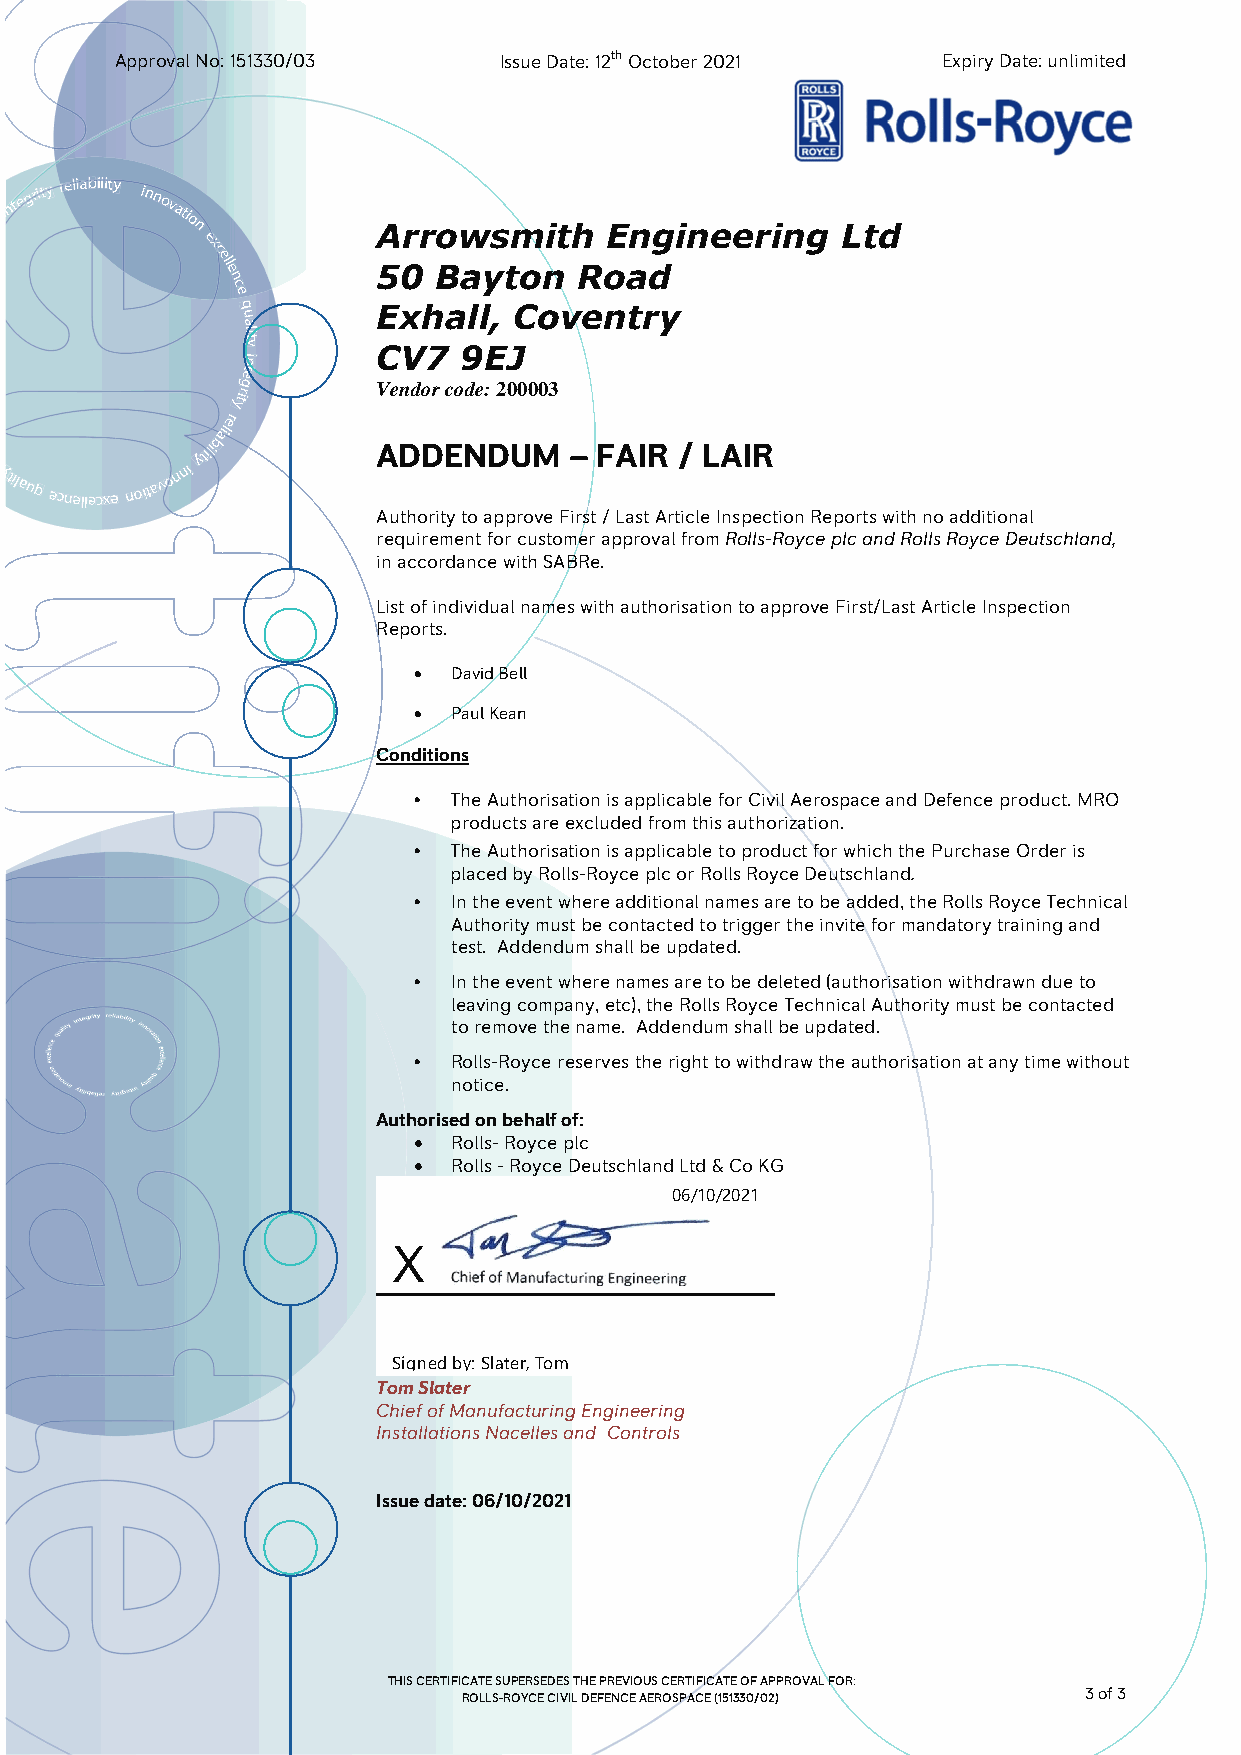
ApprovalNo:151330/03     IssueDate:12thOctober2021    ExpiryDate:unlimited
 inte
 grity reliability innovatio
 n           Arrowsmith     Engineering     Ltd
 exc
 ell
 e         50  Bayton   Road
 n
 c
 e
 q        Exhall,  Coventry
 u
 a
 l ni
 i
 ty
 CV7  9EJ
 et
 ytirg     Vendorcode:200003
 er
 bail
 ytilauq
 ecnellecxe
 noita v o
 nni
 ytili       ADDENDUM     – FAIR / LAIR
 AuthoritytoapproveFirst/LastArticleInspectionReportswithnoadditional
 requirementforcustomerapprovalfromRolls-RoyceplcandRollsRoyceDeutschland,
 inaccordancewithSABRe.
 ListofindividualnameswithauthorisationtoapproveFirst/LastArticleInspection
 Reports.
   DavidBell
   PaulKean
 Conditions
 •  TheAuthorisationisapplicableforCivilAerospaceandDefenceproduct.MRO
 productsareexcludedfromthisauthorization.
 •  TheAuthorisationisapplicabletoproductforwhichthePurchaseOrderis
 placedbyRolls-RoyceplcorRollsRoyceDeutschland.
 •  Intheeventwhereadditionalnamesaretobeadded,theRollsRoyceTechnical
 Authoritymustbecontactedtotriggertheinviteformandatorytrainingand
 test. Addendumshallbeupdated.
 •  Intheeventwherenamesaretobedeleted(authorisationwithdrawndueto
 leavingcompany,etc),theRollsRoyceTechnicalAuthoritymustbecontacted
 toremovethename. Addendumshallbeupdated.
 •  Rolls-Roycereservestherighttowithdrawtheauthorisationatanytimewithout
 notice.
 Authorisedonbehalfof:
   Rolls-Royceplc
   Rolls-RoyceDeutschlandLtd&CoKG
 06/10/2021
 X
 Signedby:Slater,Tom
 TomSlater
 ChiefofManufacturingEngineering
 InstallationsNacellesand Controls
 Issuedate:06/10/2021
 THISCERTIFICATESUPERSEDESTHEPREVIOUSCERTIFICATEOFAPPROVALFOR:
 ROLLS-ROYCECIVILDEFENCEAEROSPACE(151330/02) 3of3